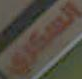
السكري